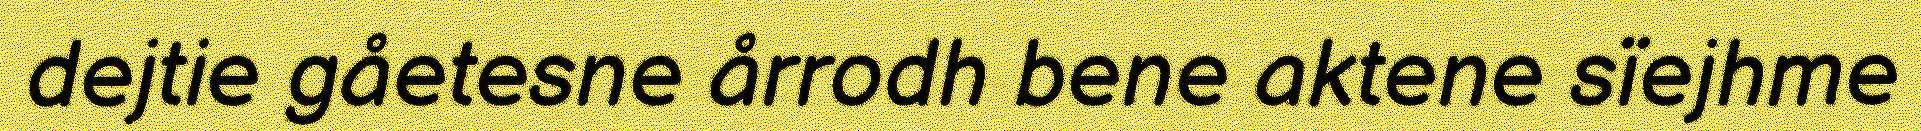
dejtie gåetesne årrodh bene aktene sïejhme